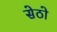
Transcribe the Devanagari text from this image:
सेठो